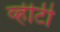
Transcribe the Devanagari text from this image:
व्हीटी